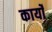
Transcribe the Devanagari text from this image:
कार्याें